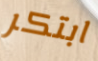
ابتكر